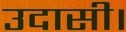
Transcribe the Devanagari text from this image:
उदासी।